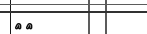
١٢